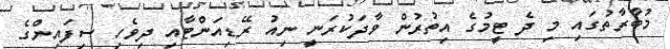
މުބާރާތުގައި މި ދެ ޓީމުގެ އިތުރުން ވާދަކުރަނީ ނިއު ރޭޑިއަންޓާއި ދިވެހި ސިފައިންގެ